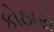
કોઠારો